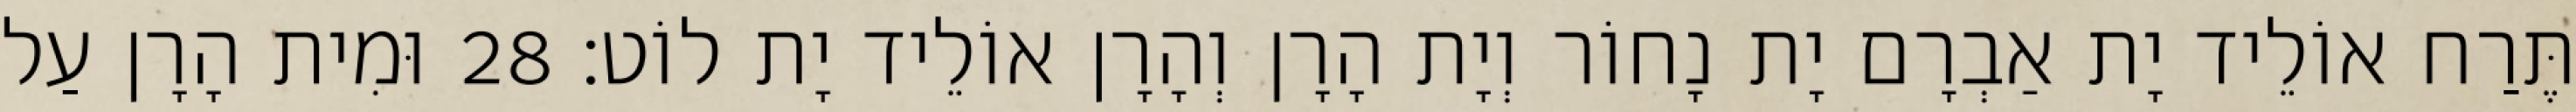
תֶּרַח אוֹלֵיד יָת אַבְרָם יָת נָחוֹר וְיָת הָרָן וְהָרָן אוֹלֵיד יָת לוֹט׃ 28 וּמִית הָרָן עַל